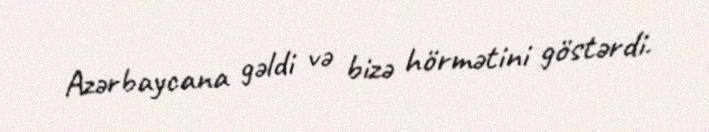
Azərbaycana gəldi və bizə hörmətini göstərdi.